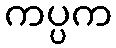
ကပ္ပက